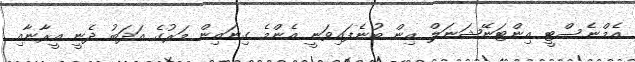
އެމްނެސްޓީ އިންޓަނޭޝަނަލް އިން ބުނެފައިވަނީ އެންމެ ގިނައިން މަރުގެ އަދަބު ދެނީ އީރާނާއި